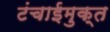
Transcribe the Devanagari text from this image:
टंचाईमुक्त